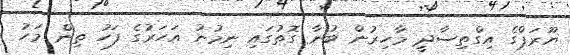
ޔޫރަޕްގެ އިގްތިސާދީ މާހިރުން ބުނާ ގޮތުގައި ނިމުނު އަހަރުގެ ފަހު ތިން މަހު